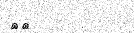
٦١